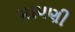
માપણી